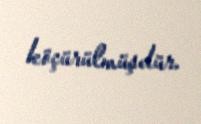
köçürülmüşdür.